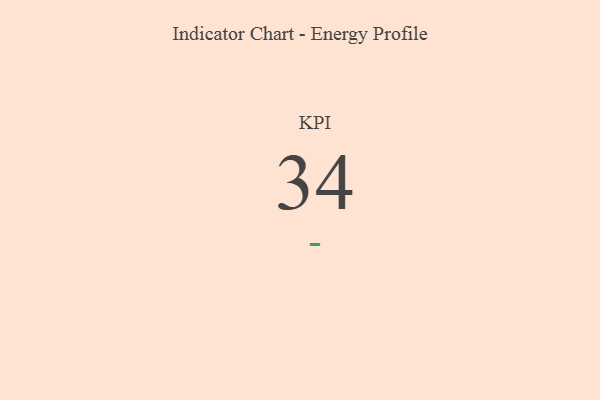
{"axis": {"x": "KPI", "y": "Value"}, "legend": [""], "data": [{"x": "KPI", "y": 34, "type": ""}]}